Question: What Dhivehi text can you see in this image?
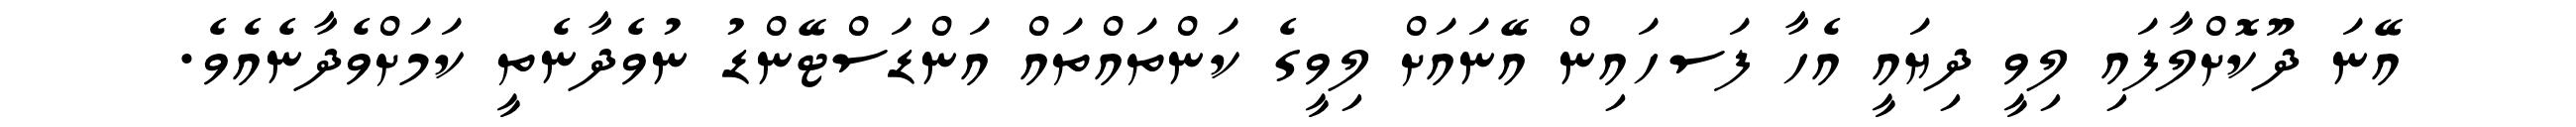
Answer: އޭނަ ދޫކޮށްލާފައި ލިވީ ދިޔައީ އެހާ ފަސހައިން އޭނައަށް ލިވީގެ ކަންތައްތައް އަންޑަސްޓޭންޑު ނުވެދާނެތީ ކަމަށްވެދާނެއެވެ.